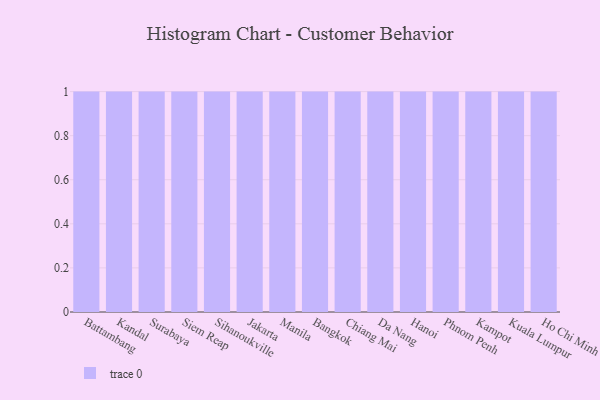
{"axis": {"x": "City", "y": "Humidity (%)"}, "legend": [""], "data": [{"x": "Battambang", "y": 8, "type": ""}, {"x": "Kandal", "y": 78, "type": ""}, {"x": "Surabaya", "y": 88, "type": ""}, {"x": "Siem Reap", "y": 64, "type": ""}, {"x": "Sihanoukville", "y": 30, "type": ""}, {"x": "Jakarta", "y": 86, "type": ""}, {"x": "Manila", "y": 29, "type": ""}, {"x": "Bangkok", "y": 9, "type": ""}, {"x": "Chiang Mai", "y": 16, "type": ""}, {"x": "Da Nang", "y": 9, "type": ""}, {"x": "Hanoi", "y": 46, "type": ""}, {"x": "Phnom Penh", "y": 65, "type": ""}, {"x": "Kampot", "y": 78, "type": ""}, {"x": "Kuala Lumpur", "y": 9, "type": ""}, {"x": "Ho Chi Minh City", "y": 79, "type": ""}]}